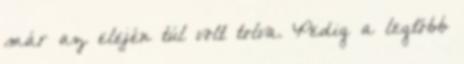
már az elején túl volt tolva. Pedig a legtöbb